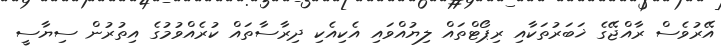
އޭރުވެސް ރާއްޖޭގެ ޚަބަރުތަކާއި ރިޕޯޓްތައް ލިޔުއްވައި އެކިއެކި ދިރާސާތައް ކުރެއްވުމުގެ އިތުރުން ސިޔާސީ